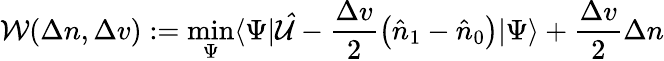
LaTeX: \mathcal{W}(\Delta n,\Delta v):=\operatorname*{min}_{\Psi}\langle\Psi|\mathcal{\hat{U}}-\frac{\Delta v}{2}\left(\hat{n}_{1}-\hat{n}_{0}\right)|\Psi\rangle+\frac{\Delta v}{2}\Delta n